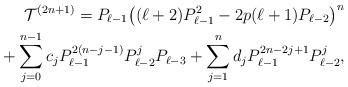
LaTeX: \begin{align*} {\cal T}^{(2n+1)} = P_{\ell-1} \big((\ell+2) P_{\ell-1}^2 - 2p (\ell+1) P_{\ell-2}\big)^n\\\hphantom{{\cal T}^{(2n+1)} =}{}+ \sum\limits_{j=0}^{n-1} c_j P_{\ell-1}^{2(n-j-1)} P_{\ell-2}^j P_{\ell-3} + \sum\limits_{j=1}^n d_jP_{\ell-1}^{2n-2j+1} P_{\ell-2}^j,\end{align*}